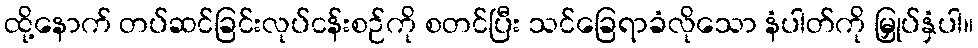
ထို့နောက် တပ်ဆင်ခြင်းလုပ်ငန်းစဉ်ကို စတင်ပြီး သင်ခြေရာခံလိုသော နံပါတ်ကို မြှုပ်နှံပါ။